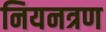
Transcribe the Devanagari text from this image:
नियनत्रण